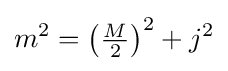
{}m^{2}=\left({\tfrac {M}{2}}\right)^{2}+j^{2}